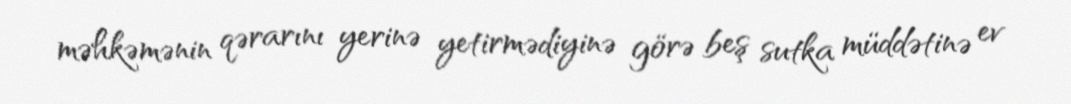
məhkəmənin qərarını yerinə yetirmədiyinə görə beş sutka müddətinə ev